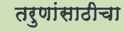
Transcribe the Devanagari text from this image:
तरुणांसाठीचा